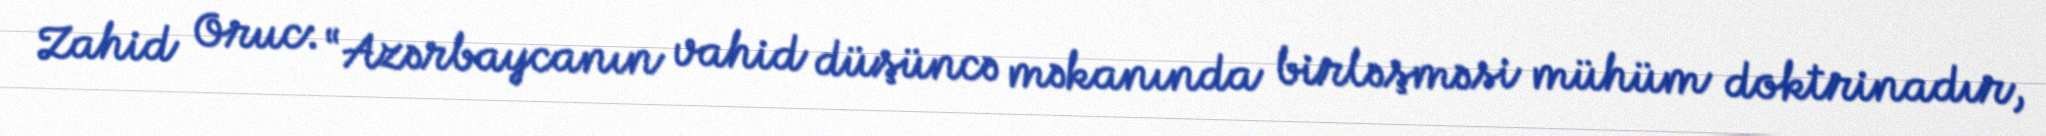
Zahid Oruc: “Azərbaycanın vahid düşüncə məkanında birləşməsi mühüm doktrinadır,